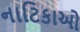
નાટિકાઓ